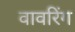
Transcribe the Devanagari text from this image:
वावरिंग